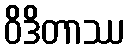
ဝိဒိတာဿ